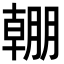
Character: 𣎠